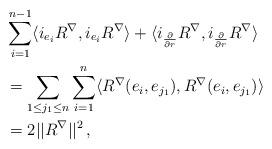
LaTeX: \begin{align*}\aligned & \sum_{i=1}^{n-1}\langle i_{e_i} R^{\nabla} ,i_{e_i} R^{\nabla} \rangle+\langle i_{\frac \partial {\partial r}} R^{\nabla} ,i_{\frac \partial {\partial r}} R^{\nabla} \rangle \\ &= \sum_{1\le j_1\le n}\sum_{i=1}^{n}\langle R^\nabla (e_i,e_{j_1}), R^\nabla (e_i,e_{j_1})\rangle\\&= 2 ||R^\nabla||^2\, ,\endaligned\end{align*}